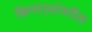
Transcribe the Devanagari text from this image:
किनार्‍यांवरील